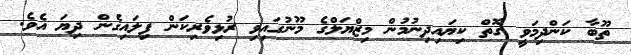
ތޫބާ ކަންދިމަވީ ގޮތް ކިޔައިދިނުމުން މިޒްޔަލްގެ މޫނުގައިވި ރުޅިވެރިކަން ފިލައިގެން ދިޔަ އެވެ.